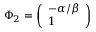
\Phi _ { 2 } = \left( \begin{array} { l } { - \alpha / \beta } \\ { 1 } \end{array} \right)